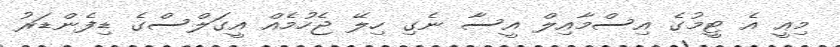
މިއީ އެ ޓީމުގެ އިސްމާއިލް އީސާ ނެގި ހިލޭ ޖެހުމެއް އީގަލްސްގެ ޑިފެންޑަރު